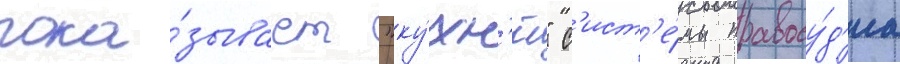
пока́зывает "ку́хн'ю" с'ист'е́мы правосу́д'иа